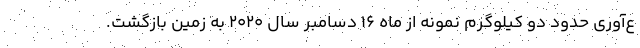
ع‌آوری حدود دو کیلوگرم نمونه از ماه ۱۶ دسامبر سال ۲۰۲۰ به زمین بازگشت.